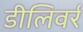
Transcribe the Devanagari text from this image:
डीलिवर्र